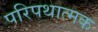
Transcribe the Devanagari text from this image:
परिपथात्मक